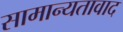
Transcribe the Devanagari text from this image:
सामान्यतावाद